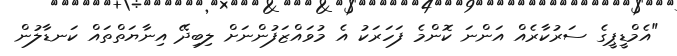
"އެމްޑީޕީގެ ސަރުކާރެއް އަންނަ ކޮންމެ ފަހަރަކު އެ މުވައްޒަފުންނަށް ލިބިދޭ އިނާޔަތްތައް ކަނޑާލުން